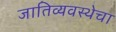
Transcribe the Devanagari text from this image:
जातिव्यवस्थेचा